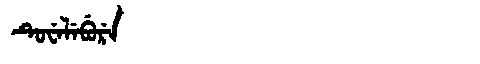
Manchu: ᡨᡠᠸᡝᠯᡝᠪᡠᡵᡝ
Romanization: TUWELEBURE